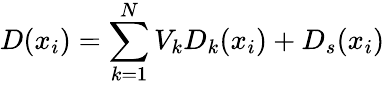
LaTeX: D(x_{i})=\sum_{k=1}^{N}V_{k}D_{k}(x_{i})+D_{s}(x_{i})